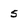
Character: 5